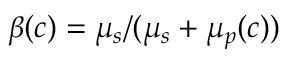
\beta ( c ) = \mu _ { s } / ( \mu _ { s } + \mu _ { p } ( c ) )